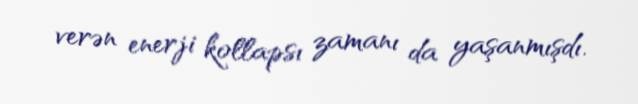
verən enerji kollapsı zamanı da yaşanmışdı.